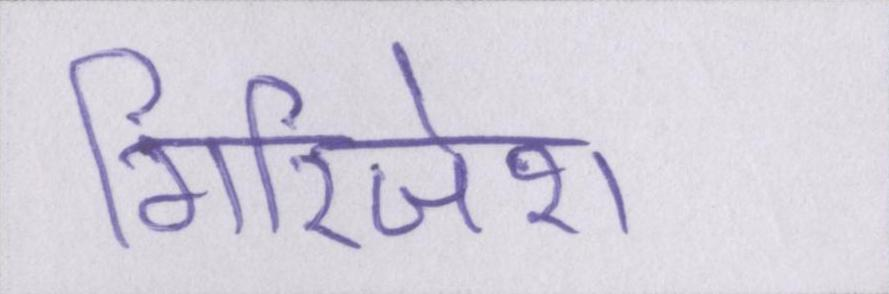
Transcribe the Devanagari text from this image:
गिरिजेश